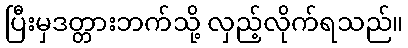
ပြီးမှဒတ္တားဘက်သို့ လှည့်လိုက်ရသည်။